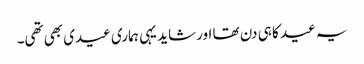
یہ عید کا ہی دن تھا اور شاید یہی ہماری عیدی بھی تھی۔